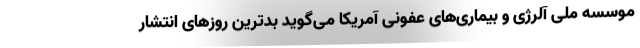
موسسه ملی آلرژی و بیماری‌های عفونی آمریکا می‌گوید بدترین روزهای انتشار